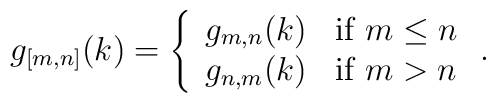
g_{[m,n]}(k)=\left\{ \begin{array}{ll} g_{m,n}(k) & {\rm if}\; m\leq n\\ g_{n,m}(k) & {\rm if}\; m>n \end{array} \right. .